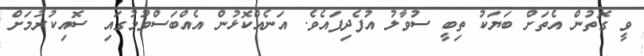
ވީ ގޮތުން އެތަށް ބަޔަކު ތިބީ ސުވާލު އުފެދިފައެވެ. އަނެއްކޮޅުން އެއްބަސްވުމުގައި ސޮއިކުރުމަށް